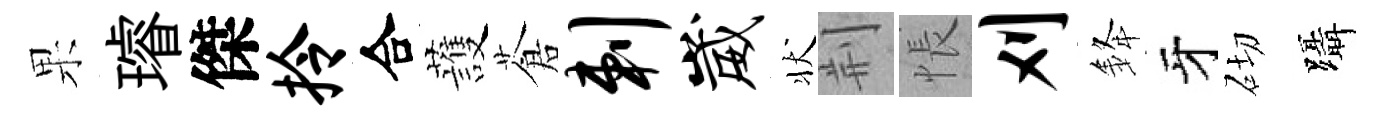
果璿傑拎合䕶蒼剌崴状荆悵刈𨦟牙砌躡